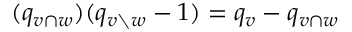
( q _ { v \cap w } ) ( q _ { v \setminus w } - 1 ) = q _ { v } - q _ { v \cap w }